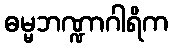
ဓမ္မဘဏ္ဍာဂါရိက